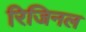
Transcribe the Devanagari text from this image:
रिजिनल